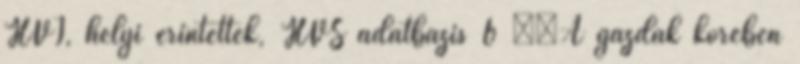
HVI, helyi érintettek, HVS adatbázis 6 ▪„A gazdák körében